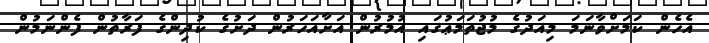
އެހެން ކަމަށްވާނަމަ މިއަދުގެ މުޖުތަމަޢުގައި އުމުރުން އަށާއަހަރުން ދަށުގެ ކުދިންގެ ފަރާތުން ފެންނަމުން